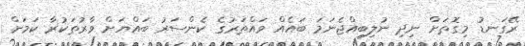
ރޭގަނޑު މިގޮތަށް ނިދި ނުލިބިއްޖެނަމަ ބައެއް ވައްތަރުގެ ކެންސަރު ބައްޔަށް ވާރުތަކުރާ ކަމަށް